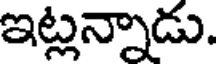
ఇట్లన్నాడు.